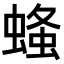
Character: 𧎓